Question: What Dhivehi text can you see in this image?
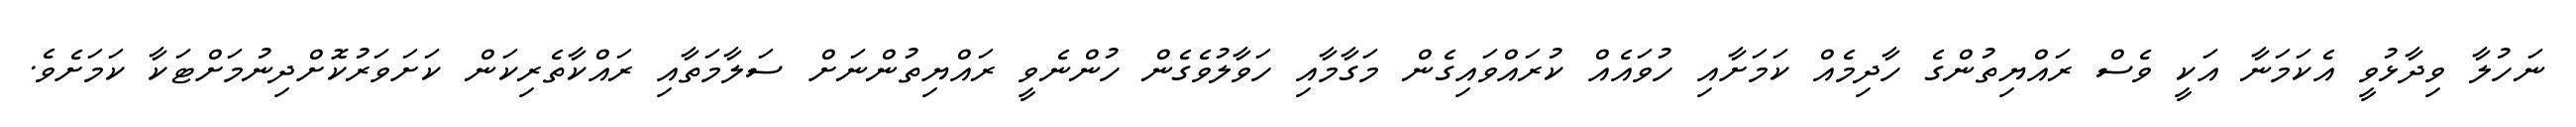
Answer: ނަހުލާ ވިދާޅުވީ އެކަމަނާ އަކީ ވެސް ރައްޔިތުންގެ ހާދިމެއް ކަމަށާއި ހުވައެއް ކުރައްވައިގެން މަގާމާއި ހަވާލުވެގެން ހުންނެވީ ރައްޔިތުންނަށް ސަލާމަތާއި ރައްކާތެރިކަން ކަށަވަރުކޮށްދިނުމަށްޓަކާ ކަމަށެވެ.